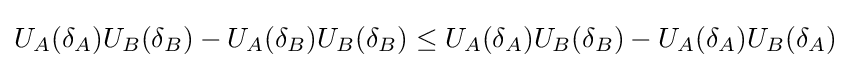
U_{A}(\delta _{A})U_{B}(\delta _{B})-U_{A}(\delta _{B})U_{B}(\delta _{B})\leq U_{A}(\delta _{A})U_{B}(\delta _{B})-U_{A}(\delta _{A})U_{B}(\delta _{A})